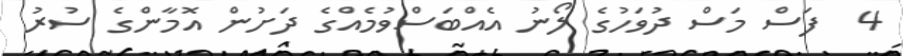
4  ފަސް މަސް ދުވަހުގެ ލޯނު އެއްބަސްވުމެއްގެ ދަށުން އޮމާންގެ ސުރު